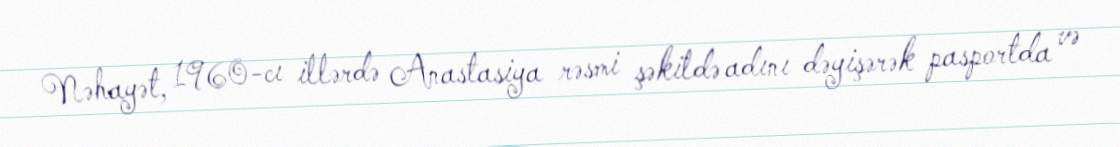
Nəhayət, 1960-cı illərdə Anastasiya rəsmi şəkildə adını dəyişərək pasportda və